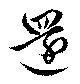
還